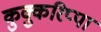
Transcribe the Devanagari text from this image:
कुक्कुरिप्पा